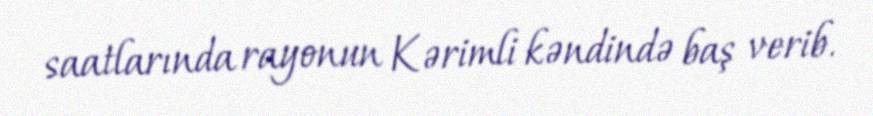
saatlarında rayonun Kərimli kəndində baş verib.